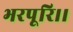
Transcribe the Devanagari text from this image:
भरपूरि।।